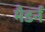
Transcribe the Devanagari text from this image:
मैडर्न